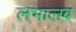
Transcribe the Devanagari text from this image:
लभालब